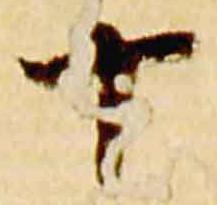
十